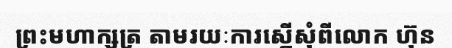
ព្រះមហាក្សត្រ តាមរយៈការស្នើសុំពីលោក ហ៊ុន